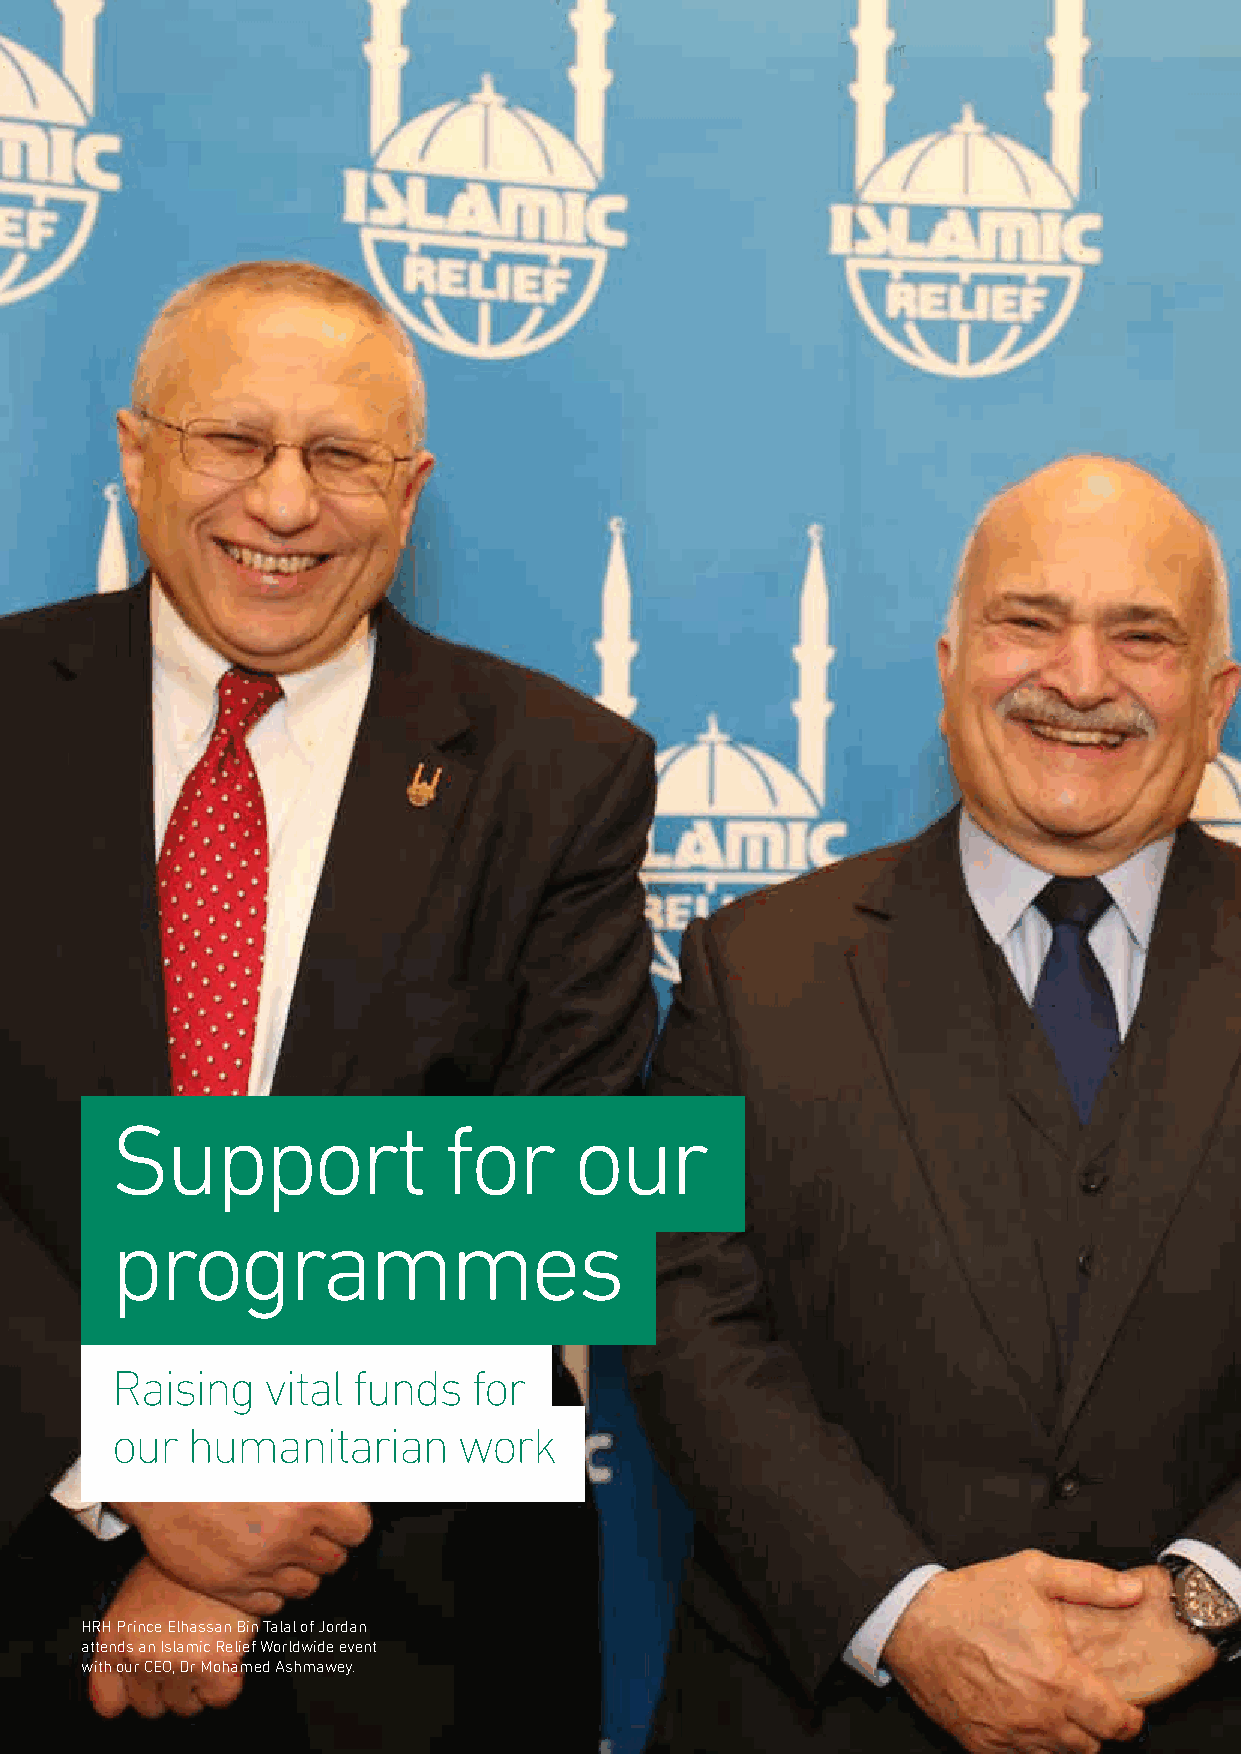
Support               for      our
 programmes
 Raising   vital funds   for
 our  humanitarian      work
 HRH Prince Elhassan Bin Talal of Jordan
 attends an Islamic Relief Worldwide event
 with our CEO, Dr Mohamed Ashmawey.
 32